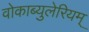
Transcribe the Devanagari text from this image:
वोकाब्युलेरियम्